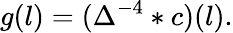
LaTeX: g(l)=(\Delta^{-4}*c)(l).